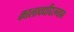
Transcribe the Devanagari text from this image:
कालावधीदरम्यान